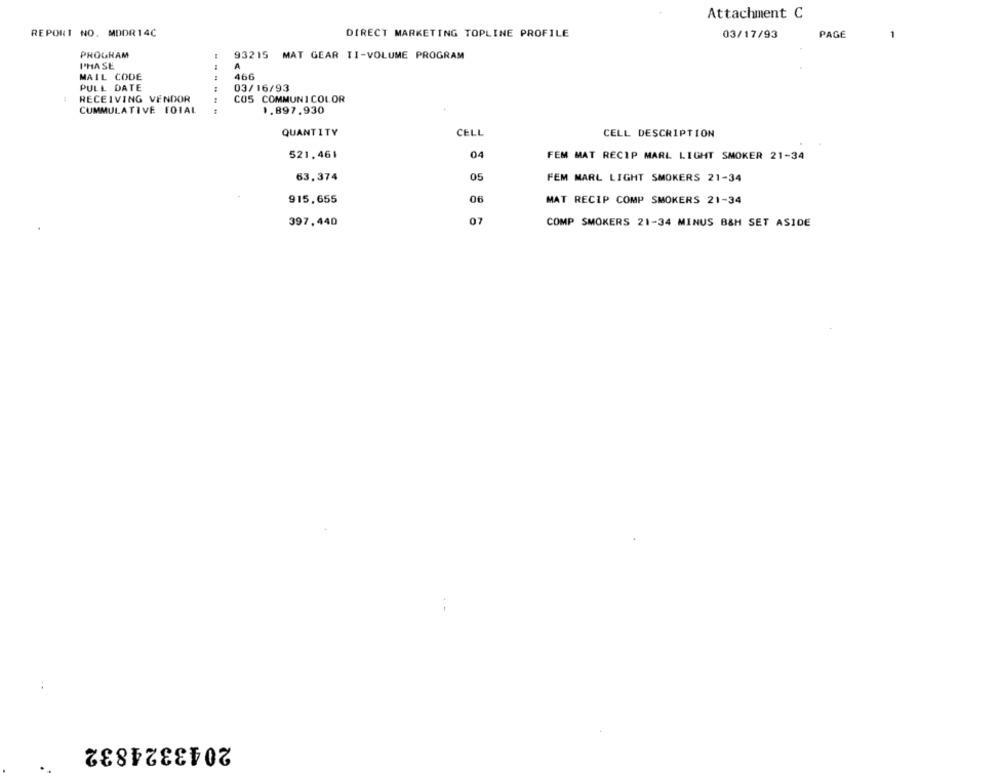
Attachment C
REPORT NO. MDDR 14C
DIRECT MARKETING TOPLINE PROFILE
03/17/93
PAGE
1
PROGRAM
93215 MAT GEAR II-VOLUME PROGRAM
I'HA SE
A
MAIL CODE
466
PULL DATE
03/16/93
RECEIVING VENDOR
COS COMMUNICOLOR
CUMMULATIVE FOIAL
1.897,930
QUANTITY
CELL
CELL DESCRIPTION
521,461
04
FEM MAT RECIP MARL LIGHT SMOKER 21-34
63,374
05
FEM MARL LIGHT SMOKERS 21-34
915,655
06
MAT RECIP COMP SMOKERS 21-34
397,440
07
COMP SMOKERS 21-34 MINUS B&H SET ASIDE
2043324832